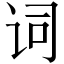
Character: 词